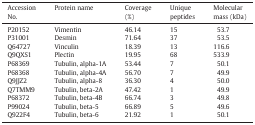
| Accession No. | Protein name | Coverage (%) | Unique peptides | Molecular mass (kDa) |
 | --- | --- | --- | --- | --- |
 | P20152 | Vimentin | 46.14 | 15 | 53.7 |
 | P31001 | Desmin | 71.64 | 37 | 53.5 |
 | Q64727 | Vinculin | 18.39 | 13 | 116.6 |
 | Q9QXS1 | Plectin | 19.95 | 68 | 533.9 |
 | P68369 | Tubulin, alpha-1A | 53.44 | 7 | 50.1 |
 | P68368 | Tubulin, alpha-4A | 56.70 | 7 | 49.9 |
 | Q9JJZ2 | Tubulin, alpha-8 | 36.30 | 4 | 50.0 |
 | Q7TMM9 | Tubulin, beta-2A | 47.42 | 1 | 49.9 |
 | P68372 | Tubulin, beta-4B | 66.74 | 3 | 49.8 |
 | P99024 | Tubulin, beta-5 | 66.89 | 5 | 49.6 |
 | Q922F4 | Tubulin, beta-6 | 21.92 | 1 | 50.1 |